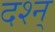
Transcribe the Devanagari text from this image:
दश्न्